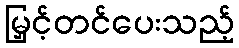
မြှင့်တင်ပေးသည့်